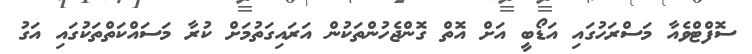
ސޮފްޓްވެއާ މަސްރަހުގައި އަޑޯބީ އަށް އޮތް ގޮންޖެހުންތަކުން އަރައިގަތުމަށް ކުރާ މަސައްކަތްތަކުގައި އަގު